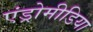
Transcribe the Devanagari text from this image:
एंड्रोमीडिया